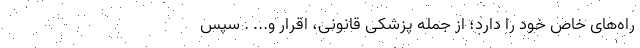
راه‌های خاص خود را دارد؛ از‌ جمله پزشکی قانونی، اقرار و... . سپس